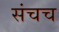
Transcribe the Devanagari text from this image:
संचच